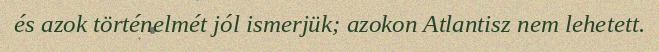
és azok történelmét jól ismerjük; azokon Atlantisz nem lehetett.